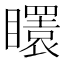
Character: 𥌡